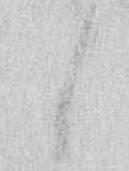
候